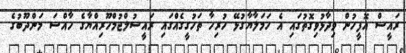
ރައީސް އޮފީހުން ވިދާޅުވިގޮތުގައި އެ ހަމަލާޔާގުޅޭ ހުރިހާ ތަހުގީގެއްގައި ރައީސުލްޖުމްހޫރިއްޔާގެ ހާއްސަ މަންދޫބުގެ